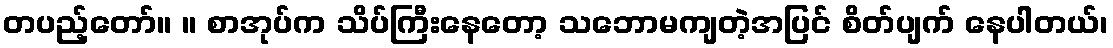
တပည့်တော်။ ။ စာအုပ်က သိပ်ကြီးနေတော့ သဘောမကျတဲ့အပြင် စိတ်ပျက် နေပါတယ်၊